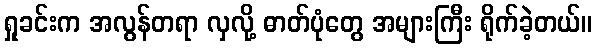
ရှုခင်းက အလွန်တရာ လှလို့ ဓာတ်ပုံတွေ အများကြီး ရိုက်ခဲ့တယ်။